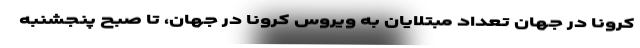
کرونا در جهان تعداد مبتلایان به ویروس کرونا در جهان، تا صبح پنجشنبه